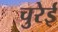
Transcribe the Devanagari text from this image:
चुरेई